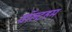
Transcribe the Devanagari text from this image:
वॉल्टहम